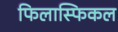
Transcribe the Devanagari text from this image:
फिलास्फिकल